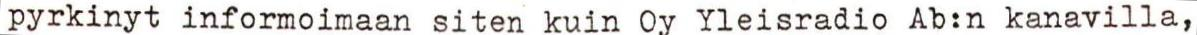
pyrkinyt informoimaan siten kuin Oy Yleisradio Ab:n kanavilla,